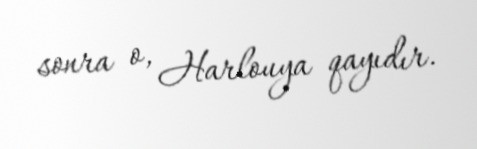
sonra o, Harlouya qayıdır.